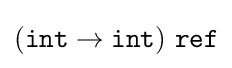
{\textstyle ({\mathtt {int}}\to {\mathtt {int}})\ {\mathtt {ref}}}